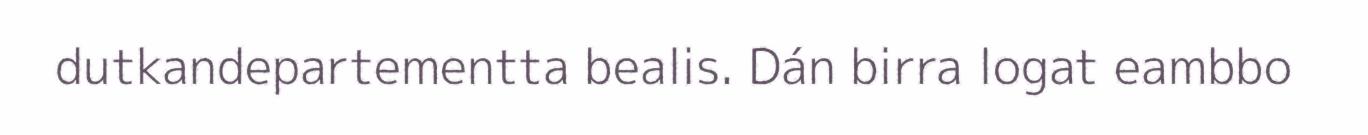
dutkandepartementta bealis. Dán birra logat eambbo